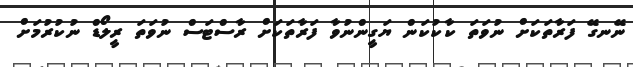
ނޭނގޭ ފަރާތަކަށް ނުވަތަ ކާކުކަން ޔަގީންނުވާ ފަރާތަކަށް ރާސްޓަސް ނުވަތަ ރީލޯޑް ނުކުރުމަށް